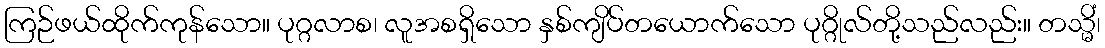
ကြဉ်ဖယ်ထိုက်ကုန်သော။ ပုဂ္ဂလာစ၊ လူအစရှိသော နှစ်ကျိပ်တယောက်သော ပုဂ္ဂိုလ်တို့သည်လည်း။ တသ္မိံ၊